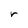
Character: r